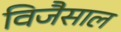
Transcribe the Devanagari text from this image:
विजैसाल